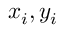
x _ { i } , y _ { i }